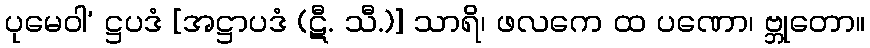
ပုမေဝါ’ ဋ္ဌပဒံ [အဋ္ဌာပဒံ (ဋီ. သီ.)] သာရိ၊ ဖလကေ ထ ပဏော၊ ဗ္ဘုတော။